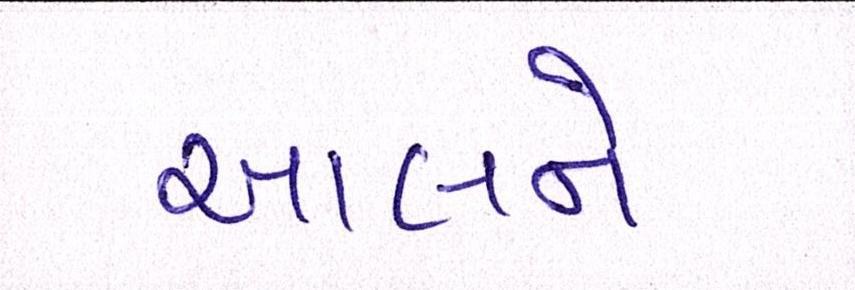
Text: આલને